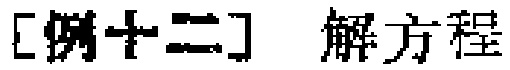
[例十二] 解方程